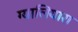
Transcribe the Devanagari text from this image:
ग्यालियारा